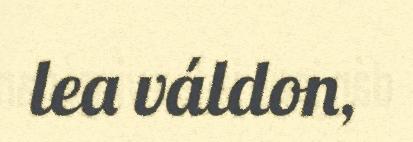
lea váldon,